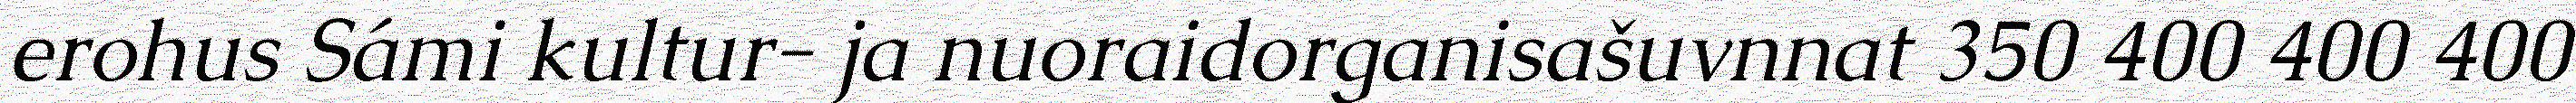
erohus Sámi kultur- ja nuoraidorganisašuvnnat 350 400 400 400